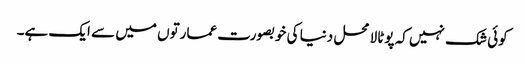
کوئی شک نہیں کہ پوٹالا محل دنیا کی خوبصورت عمارتوں میں سے ایک ہے۔